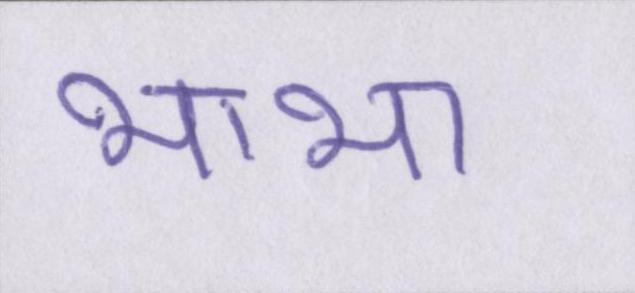
भाभा